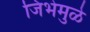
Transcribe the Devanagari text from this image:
जिभेमुळे